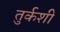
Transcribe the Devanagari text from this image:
तुर्कशी